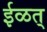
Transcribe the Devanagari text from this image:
ईळत्